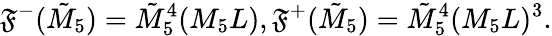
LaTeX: \mathfrak{F}^{-}(\tilde{{M}}_{5})=\tilde{{M}}_{5}^{4}(M_{5}L),\mathfrak{F}^{+}(\tilde{{M}}_{5})=\tilde{{M}}_{5}^{4}(M_{5}L)^{3}.